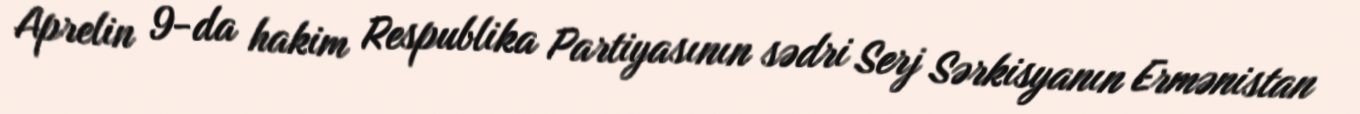
Aprelin 9-da hakim Respublika Partiyasının sədri Serj Sərkisyanın Ermənistan